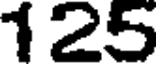
125